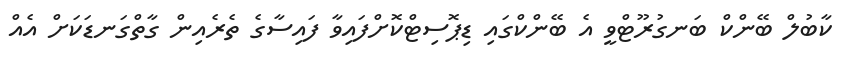
ކާބުލް ބޭންކް ބަނގުރޫޓްވީ އެ ބޭންކްގައި ޑިޕޮސިޓްކޮށްފައިވާ ފައިސާގެ ތެރެއިން ގާތްގަނޑަކަށް އެއް